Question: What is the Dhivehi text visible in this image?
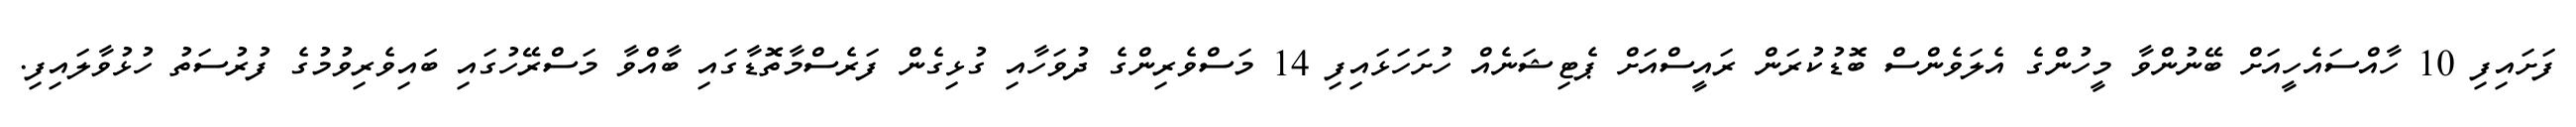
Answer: ފަށައިފި 10 ހާއްސައެހީއަށް ބޭނުންވާ މީހުންގެ އެލަވެންސް ބޮޑުކުރަން ރައީސްއަށް ޕެޓިޝަނެއް ހުށަހަޅައިފި 14 މަސްވެރިންގެ ދުވަހާއި ގުޅިގެން ފަރެސްމާތޮޑާގައި ބާއްވާ މަސްރޭހުގައި ބައިވެރިވުމުގެ ފުރުސަތު ހުޅުވާލައިފި.